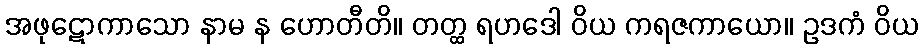
အဖုဋောကာသော နာမ န ဟောတီတိ။ တတ္ထ ရဟဒေါ ဝိယ ကရဇကာယော။ ဥဒကံ ဝိယ